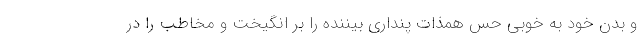
و بدن خود به خوبي حس همذات پنداري بيننده را بر انگيخت و مخاطب را در